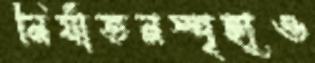
নির্যাতনস্পৃহাও